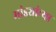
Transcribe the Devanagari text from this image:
मांड्यांच्या